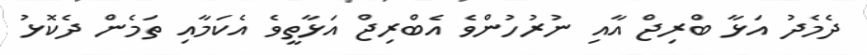
ދެމެދު އަޅާ ބްރިޖް އާއި ނުރުހުންވެ އެބްރިޖް އަޅާތީވެ އެކަމާއި ތަމެން ދެކޮޅު